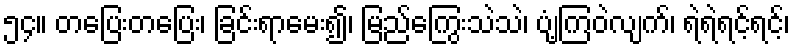
၅၄။ တပြေးတပြေး၊ ခြင်းရာမေး၍၊ မြည်ကြွေးသဲသဲ၊ ပျံ့ကြဝဲလျက်၊ ရဲရဲရင့်ရင့်၊